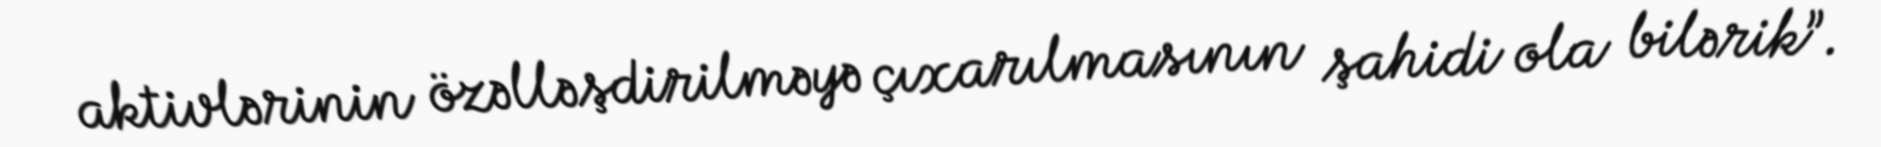
aktivlərinin özəlləşdirilməyə çıxarılmasının şahidi ola bilərik”.